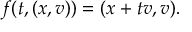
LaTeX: f ( t , ( x , v ) ) = ( x + t v , v ) .